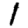
Digit: 1